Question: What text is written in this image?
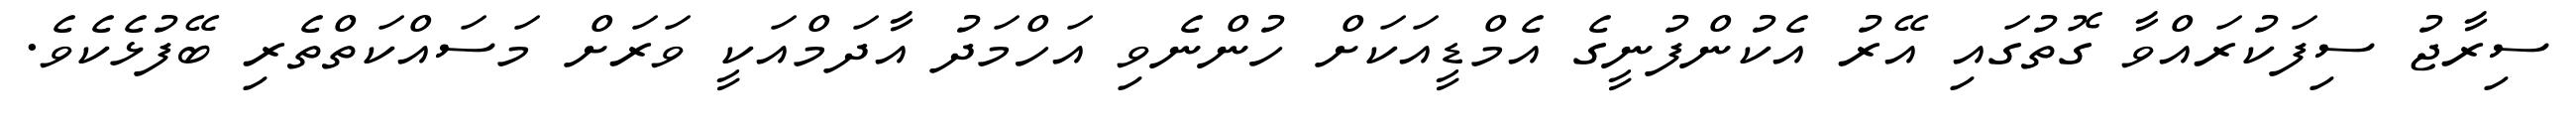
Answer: ސިރާޖު ސިފަކުރައްވާ ގޮތުގައި އޭރު އެކުންފުނީގެ އެމްޑީއަކަށް ހުންނެވި އަހްމަދު އާދަމްއަކީ ވަރަށް މަސައްކަތްތެރި ބޭފުޅެކެވެ.